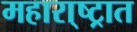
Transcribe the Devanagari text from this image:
महारा्ष्ट्रात